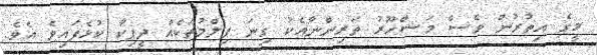
މީގެ އިތުރުން ވެސް މަޝްހޫރު ތަރިންނާއެކު ގިނަ ފިލްމުތަކެއް ދީޕިކާ ކުޅެފައިވެ އެވެ.